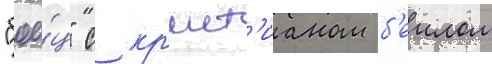
"бое́ц" с кр'ист'ианом б'еилом